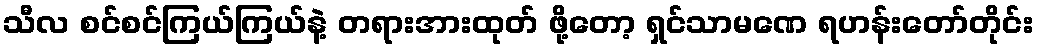
သီလ စင်စင်ကြယ်ကြယ်နဲ့ တရားအားထုတ် ဖို့တော့ ရှင်သာမဏေ ရဟန်းတော်တိုင်း